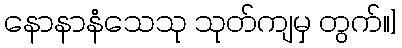
နောနာနံသေသု သုတ်ကျမှ တွက်။]